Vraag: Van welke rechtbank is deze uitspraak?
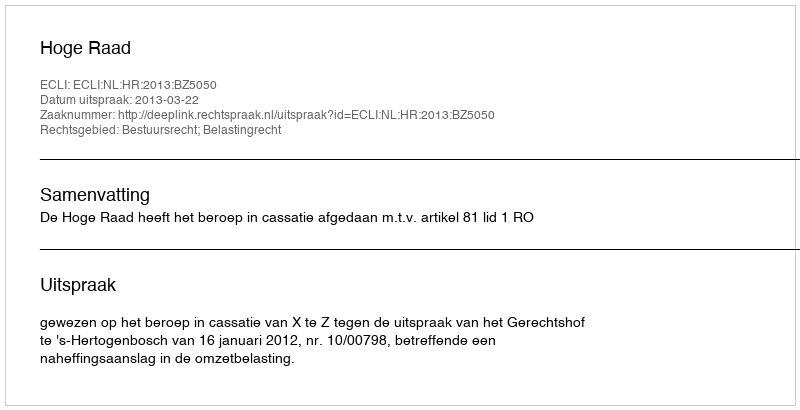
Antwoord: Hoge Raad